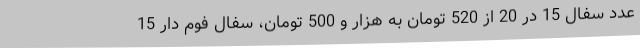
عدد سفال 15 در 20 از 520 تومان به هزار و 500 تومان، سفال فوم دار 15